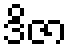
ဒိဇာ